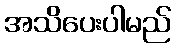
အသိပေးပါမည်